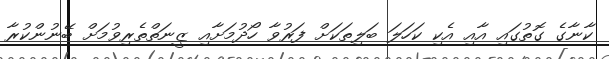
ކާނާގެ ގޮތުގައި އާއި އެކި ކަހަލަ ބަލިތަކަށް ފަރުވާ ހޯދުމަށާއި ޒީނަތްތެރިވުމަށް ބޭނުންކުރާ